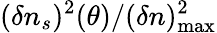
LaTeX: (\delta n_{s})^{2}(\theta)/(\delta n)_{\mathrm{max}}^{2}